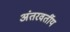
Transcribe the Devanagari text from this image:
अंतरवर्तीय